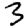
Digit: 3